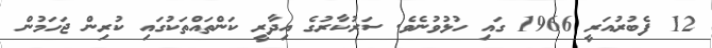
12 ފެބުރުއަރީ 1966 ގައި ހުޅުވުނެވެ. ސަރުކާރުގެ އިދާރީ ކަންތައްތަކުގައި ކުރިން ޖަހަމުން